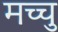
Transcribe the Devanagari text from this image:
मच्चु